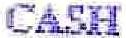
CASH